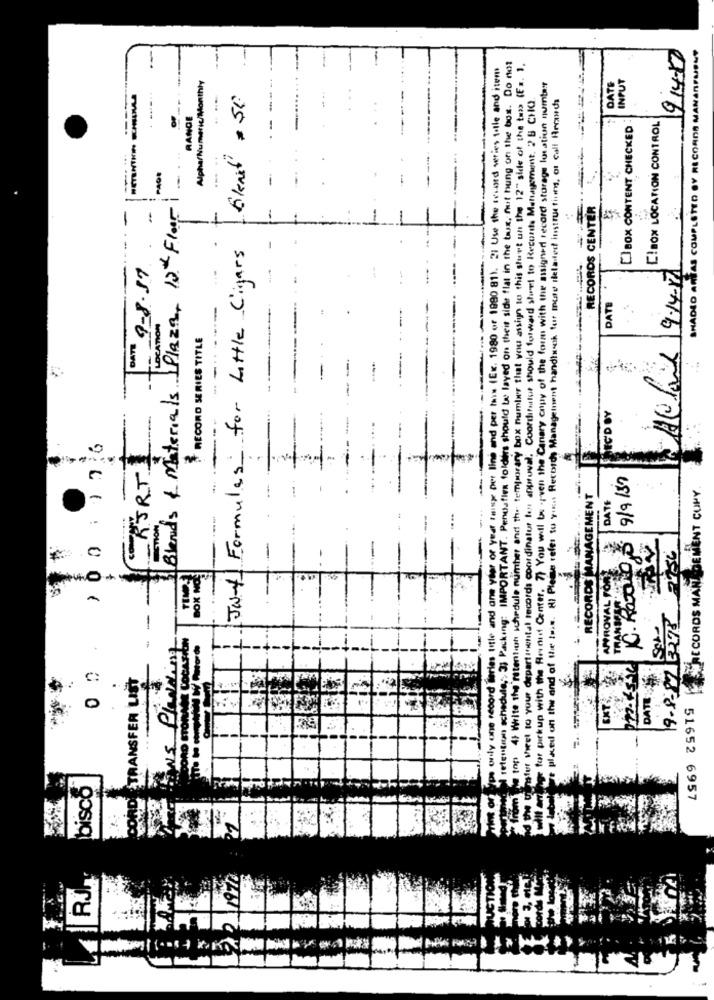
SHADED AREAS COMPLETED BY RECORDS MANANFUNNY
and per his (Ex. 1980 of 1890 811. 21 Use the weird series tolle and item
fies folders should to layed on their side flat in the taux, fut hung on the bos. Do not
top 41 Write the 'retention schedule number and the temporary box number that you assign to this sluet un the 12" side of the tas> (Es. 1.
Alpha/Numeric/Monthly
INPUT
for pickup with the Record Center. 7) You will to ven the Canary copy of the form with the assigned record storage location number
DATE
16knit = 50
Her Vieet to your departingnital records coordinator ten approval. Coordinator should forward sheet to Records Management, 2 B CHQ.
1. Records Management handbook for more detailed instructions, or call Arranca
RANGE
[]BOX CONTENT CHECKED
E!BOX LOCATION CONTROL
8
-
-
Blands & Materials Plaza, 12thFloor
RECORDS CENTER
Jan Formules for Little Cigars
DATE 9-8-57
Relax 9.14rt
DATE
--
RECORD SERIES TITLE
-
SECDO
1 00 : 1 76
KERTI
9/9/30
RECORDS MANAGEMENT CUNY
RECORDS MANAGEMENT
DATE
retention schedule ;;; 3; Packing: IMPORTANT. Pend
placed on the and of the twin. H) Please refer to
only one record diaries title and ans yaler of
2736
BOX NOE
APPROVAL FOR
TRANBER
TRANSFER LIST
DATE
0
bisco
51652 6957
RJM